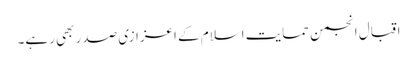
اقبال انجمن حمایت اسلام کے اعزازی صدر بھی رہے۔